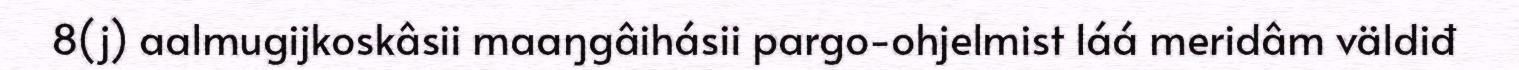
8(j) aalmugijkoskâsii maaŋgâihásii pargo-ohjelmist láá meridâm väldiđ